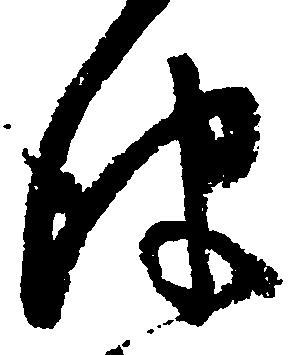
津